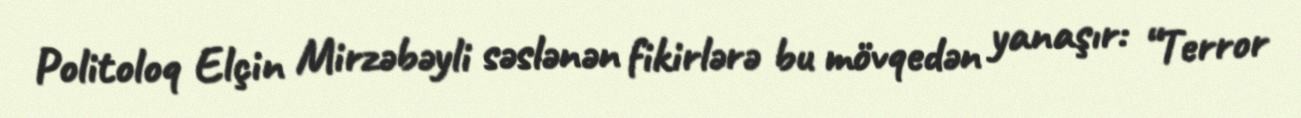
Politoloq Elçin Mirzəbəyli səslənən fikirlərə bu mövqedən yanaşır: “Terror